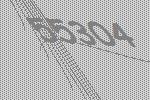
55304